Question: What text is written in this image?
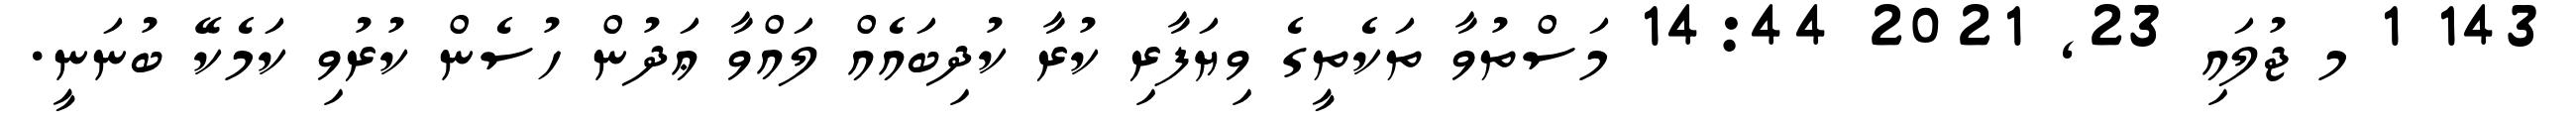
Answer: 143 1 މ ޖުލައި 23, 2021 14:44 މަސްތުވާ ތަކެތީގެ ވިޔަފާރި ކުރާ ކުދިބައެއް ލައްވާ ޢަދުން ހުސެން ކުރުވި ކަމެކޭ ބުނަނީ.